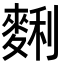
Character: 𪌱